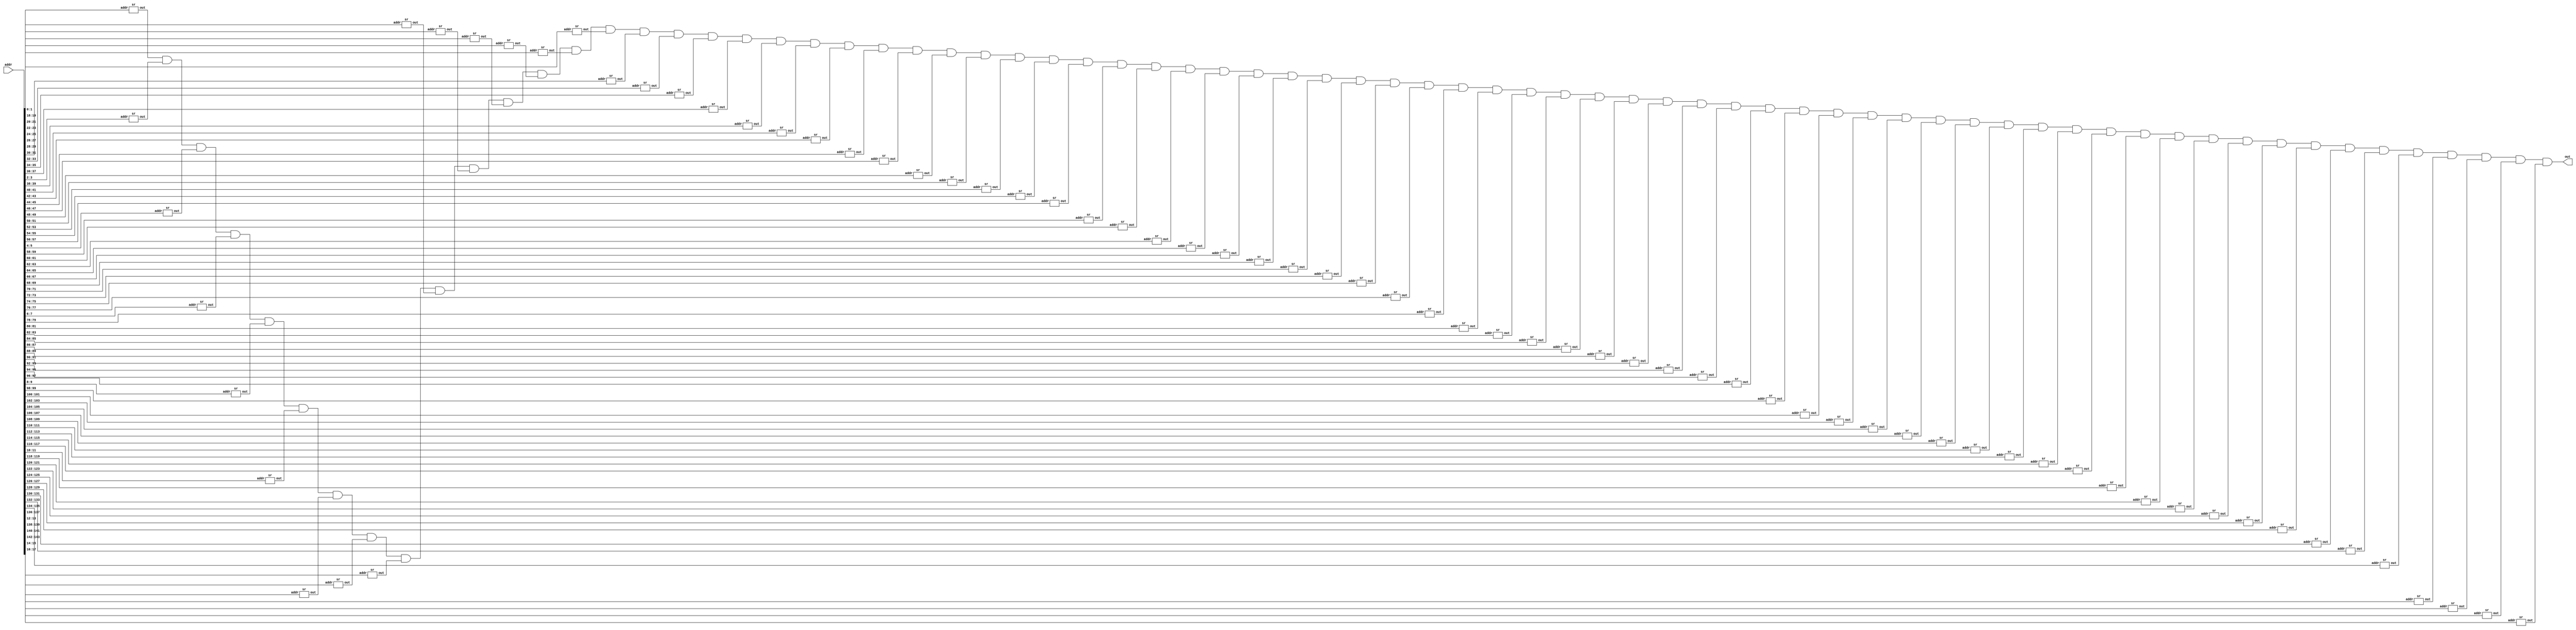
module sr_tcam(addr,out);

    input [143:0]addr;
    output [255:0]out;

    wire [255:0]b[0:71];

    sr a1(addr[1:0],b[0]);
    sr a2(addr[3:2],b[1]);
    sr a3(addr[5:4],b[2]);
    sr a4(addr[7:6],b[3]);
    sr a5(addr[9:8],b[4]);
    sr a6(addr[11:10],b[5]);
    sr a7(addr[13:12],b[6]);
    sr a8(addr[15:14],b[7]);
    sr a9(addr[17:16],b[8]);
    sr a10(addr[19:18],b[9]);
    sr a11(addr[21:20],b[10]);
    sr a12(addr[23:22],b[11]);
    sr a13(addr[25:24],b[12]);
    sr a14(addr[27:26],b[13]);
    sr a15(addr[29:28],b[14]);
    sr a16(addr[31:30],b[15]);
    sr a17(addr[33:32],b[16]);
    sr a18(addr[35:34],b[17]);
    sr a19(addr[37:36],b[18]);
    sr a20(addr[39:38],b[19]);
    sr a21(addr[41:40],b[20]);
    sr a22(addr[43:42],b[21]);
    sr a23(addr[45:44],b[22]);
    sr a24(addr[47:46],b[23]);
    sr a25(addr[49:48],b[24]);
    sr a26(addr[51:50],b[25]);
    sr a27(addr[53:52],b[26]);
    sr a28(addr[55:54],b[27]);
    sr a29(addr[57:56],b[28]);
    sr a30(addr[59:58],b[29]);
    sr a31(addr[61:60],b[30]);
    sr a32(addr[63:62],b[31]);
    sr a33(addr[65:64],b[32]);
    sr a34(addr[67:66],b[33]);
    sr a35(addr[69:68],b[34]);
    sr a36(addr[71:70],b[35]);
    sr a37(addr[73:72],b[36]);
    sr a38(addr[75:74],b[37]);
    sr a39(addr[77:76],b[38]);
    sr a40(addr[79:78],b[39]);
    sr a41(addr[81:80],b[40]);
    sr a42(addr[83:82],b[41]);
    sr a43(addr[85:84],b[42]);
    sr a44(addr[87:86],b[43]);
    sr a45(addr[89:88],b[44]);
    sr a46(addr[91:90],b[45]);
    sr a47(addr[93:92],b[46]);
    sr a48(addr[95:94],b[47]);
    sr a49(addr[97:96],b[48]);
    sr a50(addr[99:98],b[49]);
    sr a51(addr[101:100],b[50]);
    sr a52(addr[103:102],b[51]);
    sr a53(addr[105:104],b[52]);
    sr a54(addr[107:106],b[53]);
    sr a55(addr[109:108],b[54]);
    sr a56(addr[111:110],b[55]);
    sr a57(addr[113:112],b[56]);
    sr a58(addr[115:114],b[57]);
    sr a59(addr[117:116],b[58]);
    sr a60(addr[119:118],b[59]);
    sr a61(addr[121:120],b[60]);
    sr a62(addr[123:122],b[61]);
    sr a63(addr[125:124],b[62]);
    sr a64(addr[127:126],b[63]);
    sr a65(addr[129:128],b[64]);
    sr a66(addr[131:130],b[65]);
    sr a67(addr[133:132],b[66]);
    sr a68(addr[135:134],b[67]);
    sr a69(addr[137:136],b[68]);
    sr a70(addr[139:138],b[69]);
    sr a71(addr[141:140],b[70]);
    sr a72(addr[143:142],b[71]);

    assign out= b[0] & b[1] & b[2] & b[3] & b[4] & b[5] & b[6] & b[7] & b[8] & b[9] & b[10] & b[11] & b[12] & b[13] & b[14] & b[15] & b[16] & b[17] & b[18] & b[19] & b[20] & b[21] & b[22] & b[23] & b[24] & b[25] & b[26] & b[27] & b[28] & b[29] & b[30] & b[31] & b[32] & b[33] & b[34] & b[35] & b[36] & b[37] & b[38] & b[39] & b[40] & b[41] & b[42] & b[43] & b[44] & b[45] & b[46] & b[47] & b[48] & b[49] & b[50] & b[51] & b[52] & b[53] & b[54] & b[55] & b[56] & b[57] & b[58] & b[59] & b[60] & b[61] & b[62] & b[63] & b[64] & b[65] & b[66] & b[67] & b[68] & b[69] & b[70] & b[71];

endmodule    



module sr(addr,out);

    input [1:0]addr;
    output [255:0]out;

    wire [255:0]memory[0:3];
    reg [255:0]arr;

    assign memory[0][255:0]=144'd12333333;
    assign memory[1][255:0]=144'd7382917389;
    assign memory[2][255:0]=144'd3480924377;
    assign memory[3][255:0]=144'd7273621678;

    always @ (addr)
    case (addr)
        4'd0 : arr =memory[0];    
        4'd1 : arr =memory[1];    
        4'd2 : arr =memory[2];    
        4'd3 : arr =memory[3];    
    endcase

    assign out=arr;

endmodule